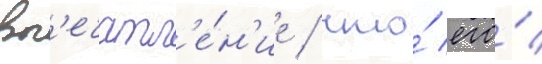
вп'ечатл'е́н'ие / что́ его́